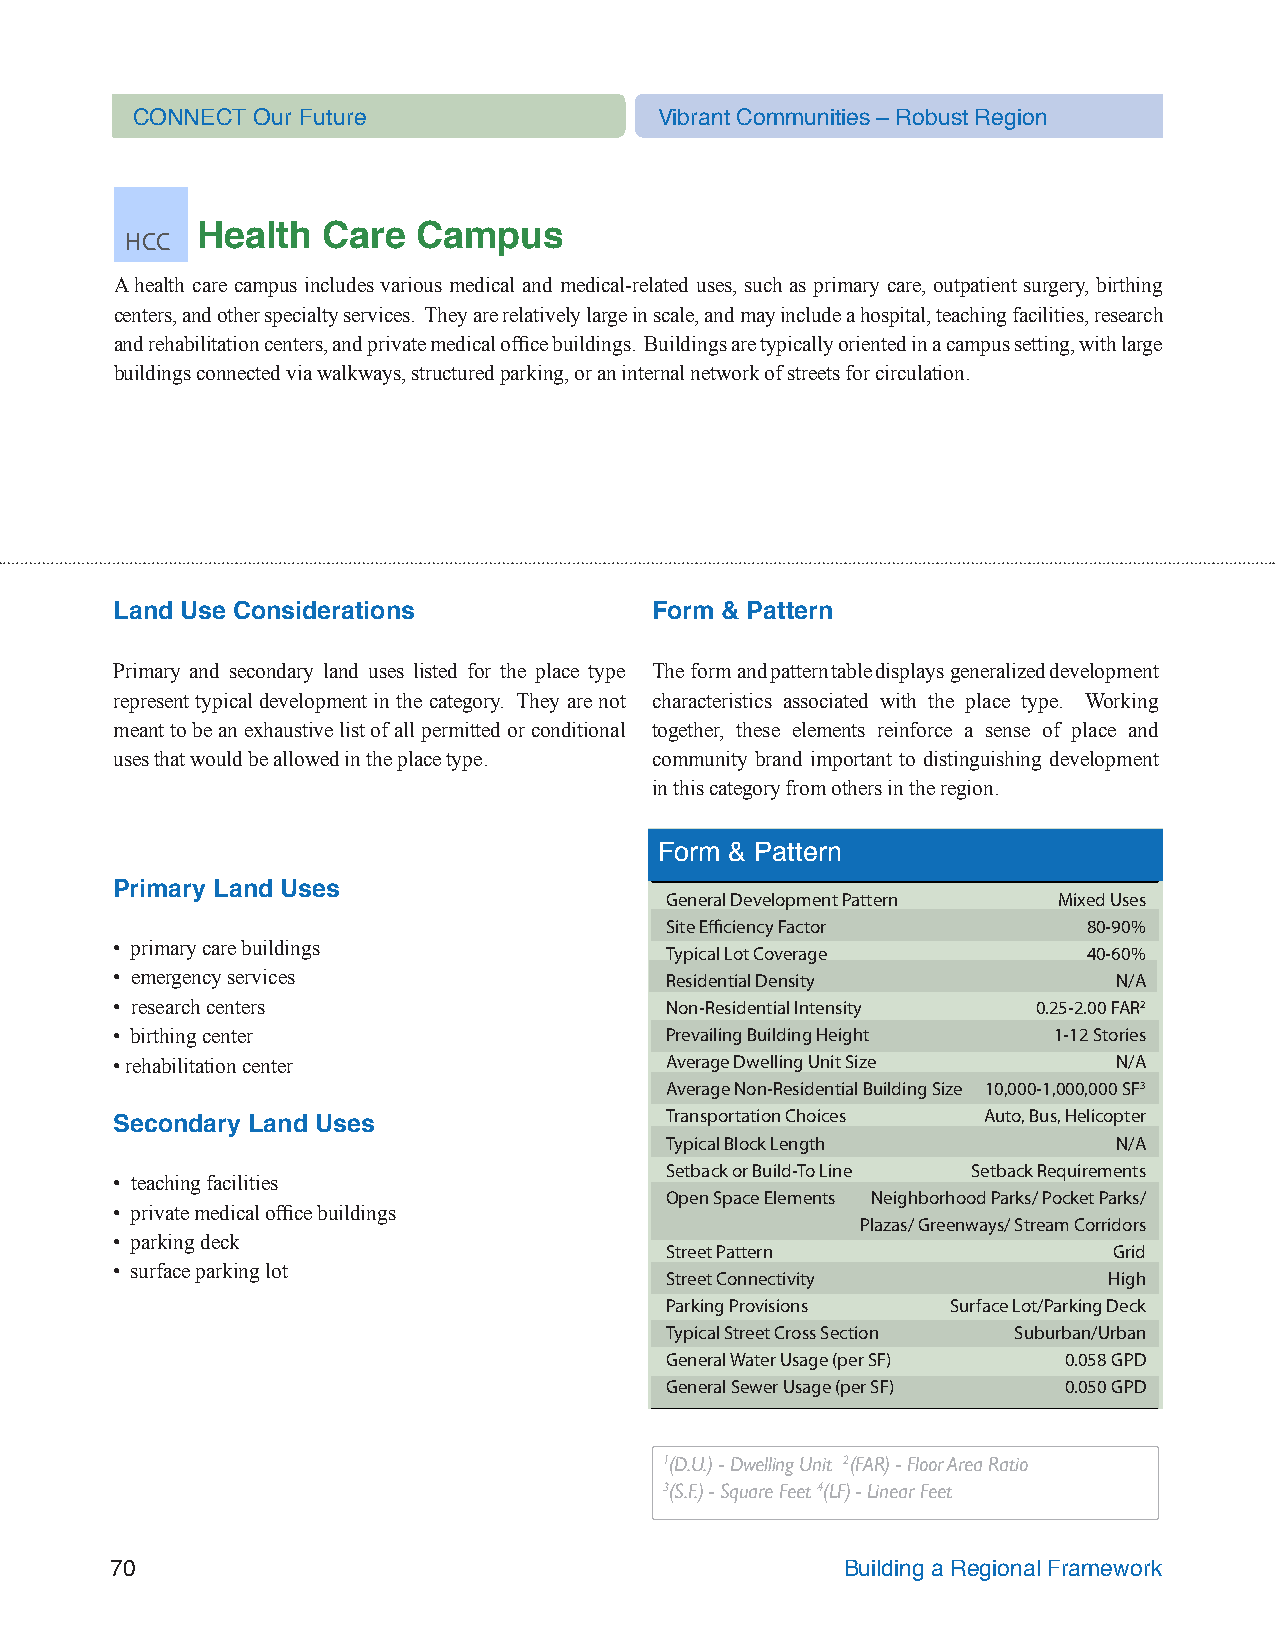
CONNECT Our Future                 Vibrant Communities – Robust Region
 HCC  Health  Care   Campus
 A health care campus includes various medical and medical-related uses, such as primary care, outpatient surgery, birthing
 centers, and other specialty services. They are relatively large in scale, and may include a hospital, teaching facilities, research
 and rehabilitation centers, and private medical office buildings. Buildings are typically oriented in a campus setting, with large
 buildings connected via walkways, structured parking, or an internal network of streets for circulation.
 Land Use Considerations            Form & Pattern
 Primary and secondary land uses listed for the place type The form and pattern table displays generalized development
 represent typical development in the category. They are not characteristics associated with the place type. Working
 meant to be an exhaustive list of all permitted or conditional together, these elements reinforce a sense of place and
 uses that would be allowed in the place type. community brand important to distinguishing development
 in this category from others in the region.
 Form & Pattern
 Primary Land Uses
 General Development Pattern Mixed Uses
 Site Efficiency Factor      80-90%
 • primary care buildings            Typical Lot Coverage        40-60%
 • emergency services                Residential Density           N/A
 • research centers                  Non-Residential Intensity 0.25-2.00 FAR2
 • birthing center                   Prevailing Building Height 1-12 Stories
 • rehabilitation center             Average Dwelling Unit Size    N/A
 Average Non-Residential Building Size 10,000-1,000,000 SF3
 Transportation Choices Auto, Bus, Helicopter
 Secondary Land Uses
 Typical Block Length          N/A
 Setback or Build-To Line Setback Requirements
 • teaching facilities
 Open Space Elements Neighborhood Parks/ Pocket Parks/
 • private medical office buildings
 Plazas/ Greenways/ Stream Corridors
 • parking deck
 Street Pattern                Grid
 • surface parking lot
 Street Connectivity          High
 Parking Provisions Surface Lot/Parking Deck
 Typical Street Cross Section Suburban/Urban
 General Water Usage (per SF) 0.058 GPD
 General Sewer Usage (per SF) 0.050 GPD
 1(D.U.) - Dwelling Unit 2(FAR) - Floor Area Ratio
 3(S.F.) - Square Feet 4(LF) - Linear Feet
 70                                               Building a Regional Framework